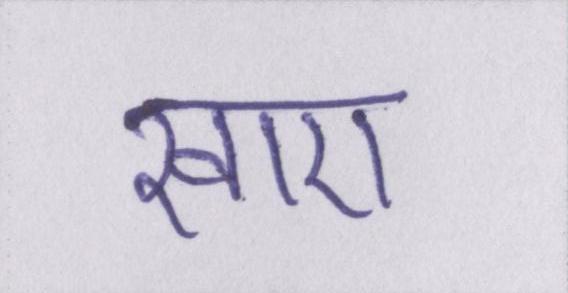
खाए